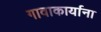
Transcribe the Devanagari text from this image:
गावाकार्याना